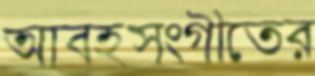
আবহসংগীতের